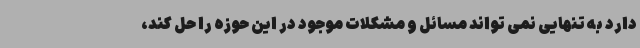
دارد به تنهایی نمی تواند مسائل و مشکلات موجود در این حوزه را حل کند،